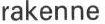
rakenne